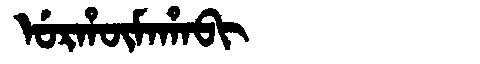
Manchu: ᡠᡵᡥᡡᠮᠠᡥᠠᠪᡳ
Romanization: URHŪMAHABI